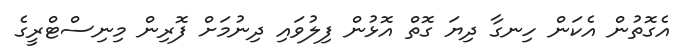
އެގޮތުން އެކަން ހިނގާ ދިޔަ ގޮތް އޮޅުން ފިލުވައި ދިނުމަށް ފޮރިން މިނިސްޓްރީގެ